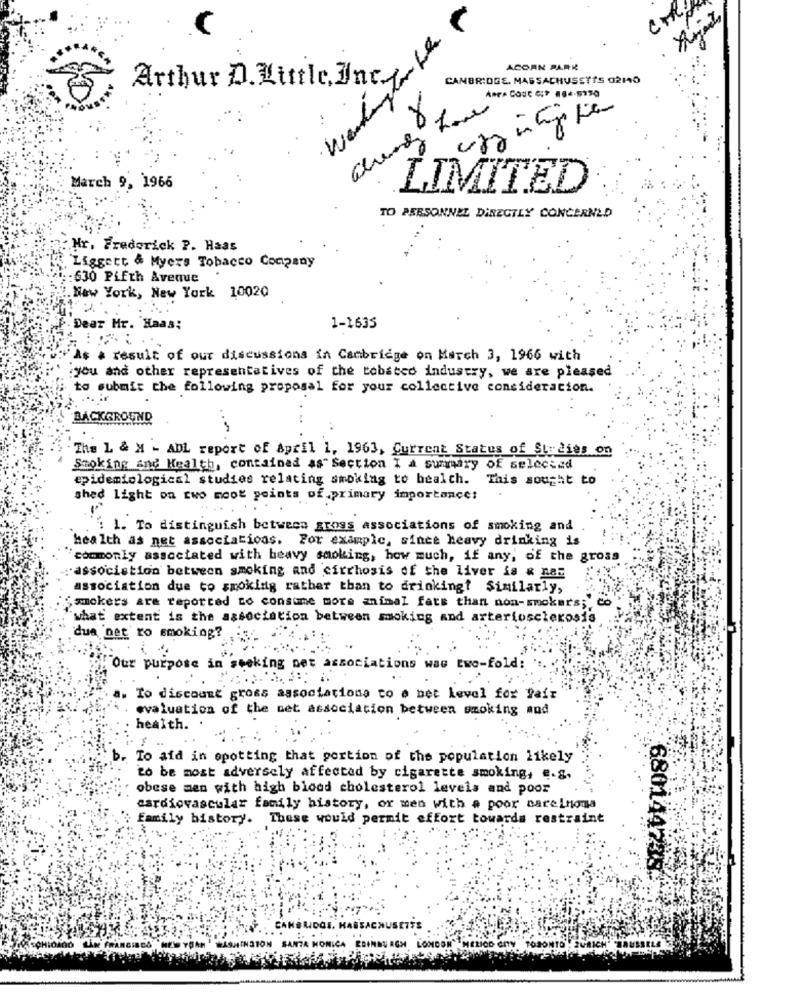
Arthur D. Little, Inc,
ACORK PARK
Wendungto
CAMBRIDGE, MASSACHUSETTS 02140
0
pamp
March 9, 1966
LIMITED
TO PERSONNEL DIRECTLY CONCERNED
Hr. Frederick P. Haas
Liggert & Myers Tobacco Company
:: 630 Fifth Avenue
New York, New York 10020
Dear Mr. Haas;
1-1635
As a result of our discussions in Cambridge on March 3, 1966 with
you and other representatives of the tobated industry, we are pleased
to submit the following proposal for your collective consideration.
BACKGROUND
.....
The L & M - ADL report of April 1, 1963, Current Status of Studies on
Smoking and Health, contained as" Section I a summary of selected
epidemiological studies relating smoking to health.
This sought to
shed light on two mook points of primary importance:
1 1. To distinguish between gross associations of smoking and
health as net associations. For example, since heavy drinking is
commonly associated with heavy smoking, how much, if any, of the gross
-association between smoking and cirrhosis of the liver is & na:
association due to smoking rather than to drinking? Similarly,
Co
smokers are reported to consume more animal fats than non-smokers;
what extent is the association between smoking and arteriosclerosis
due net ro smoking?
"Our purpose in seeking net associations was two-fold:
To discount gross associationa to a net level for fair
evaluation of the net association between smoking and
health.
To aid in opotting that portion of the population likely
to be most adversely affected by cigarette smoking, e-s.
obese men with high blood cholesterol levels and poor
cardiovascular family history, or men with a poor carcinoma
family history. These would permit effort towards restraint
680144238-
ANELIDOS. HABS
SHINGTON SANTA MONICA EDINBURGH